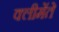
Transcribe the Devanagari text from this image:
क्लीमेंते